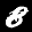
Label: 8